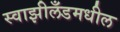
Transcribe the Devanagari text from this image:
स्वाझीलँडमधील